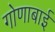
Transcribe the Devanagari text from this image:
गोणाबाई